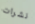
نشرات